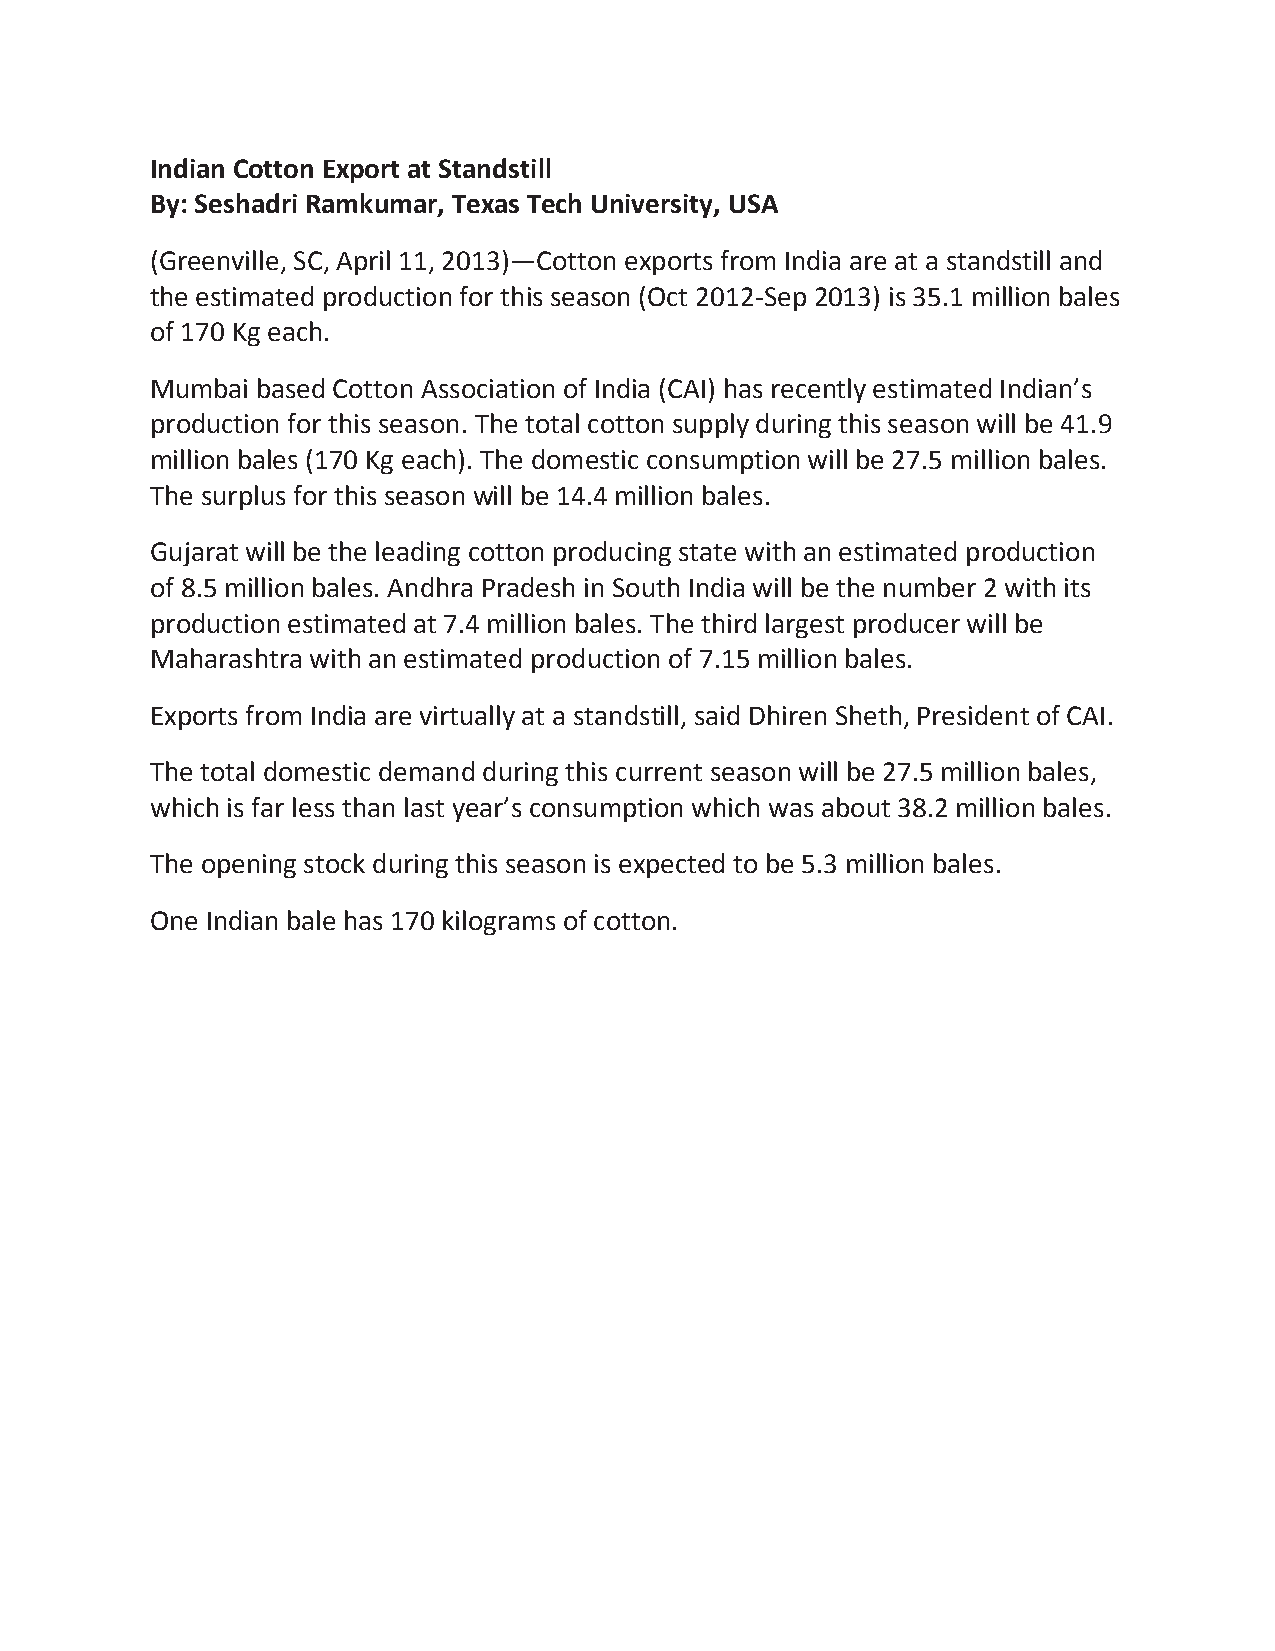
Indian Cotton Export at Standstill
 By: Seshadri Ramkumar, Texas Tech University, USA
 (Greenville, SC, April 11, 2013)—Cotton exports from India are at a standstill and
 the estimated production for this season (Oct 2012-Sep 2013) is 35.1 million bales
 of 170 Kg each.
 Mumbai based Cotton Association of India (CAI) has recently estimated Indian’s
 production for this season. The total cotton supply during this season will be 41.9
 million bales (170 Kg each). The domestic consumption will be 27.5 million bales.
 The surplus for this season will be 14.4 million bales.
 Gujarat will be the leading cotton producing state with an estimated production
 of 8.5 million bales. Andhra Pradesh in South India will be the number 2 with its
 production estimated at 7.4 million bales. The third largest producer will be
 Maharashtra with an estimated production of 7.15 million bales.
 Exports from India are virtually at a standstill, said Dhiren Sheth, President of CAI.
 The total domestic demand during this current season will be 27.5 million bales,
 which is far less than last year’s consumption which was about 38.2 million bales.
 The opening stock during this season is expected to be 5.3 million bales.
 One Indian bale has 170 kilograms of cotton.